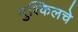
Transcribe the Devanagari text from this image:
मुश्किलचे